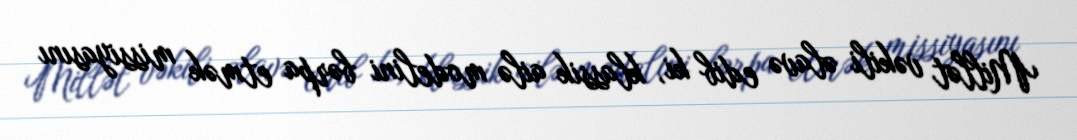
Millət vəkili əlavə edib ki, klassik ailə modelini bərpa etmək missiyasını